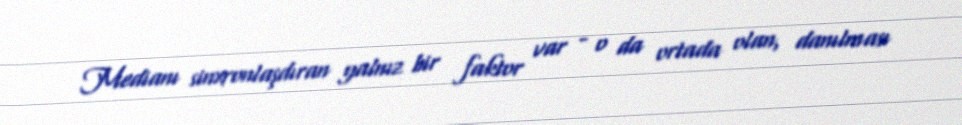
Medianı sinxronlaşdıran yalnız bir faktor var - o da ortada olan, danılması